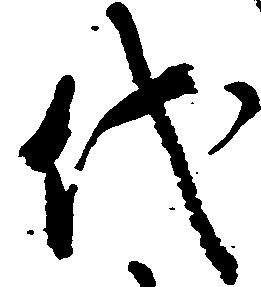
代